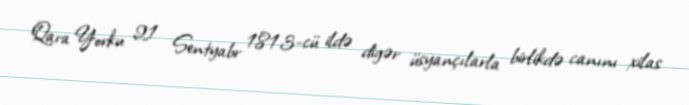
Qara Yorku 21 Sentyabr 1813-cü ildə digər üsyançılarla birlikdə canını xilas